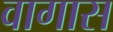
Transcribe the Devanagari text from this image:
वागास